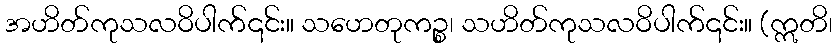
အဟိတ်ကုသလဝိပါက်၎င်း။ သဟေတုကဉ္စ၊ သဟိတ်ကုသလဝိပါက်၎င်း။ (ဣတိ၊